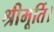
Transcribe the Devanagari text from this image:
श्रीमूर्ति।